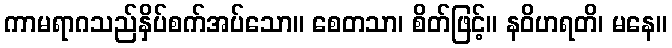
ကာမရာဂသည်နှိပ်စက်အပ်သော။ စေတသာ၊ စိတ်ဖြင့်။ နဝိဟရတိ၊ မနေ။